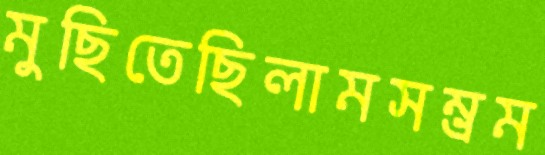
মুছিতেছিলামসম্ভ্রম